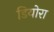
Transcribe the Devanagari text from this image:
डियोरा